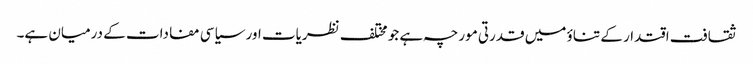
ثقافت اقتدار کے تناؤ میں قدرتی مورچہ ہے جو مختلف نظریات اور سیاسی مفادات کے درمیان ہے۔